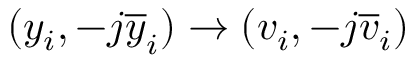
( y _ { i } , - j \overline { { y } } _ { i } ) \rightarrow ( v _ { i } , - j \overline { { v } } _ { i } )